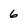
Character: 6